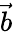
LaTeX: \vec{b}